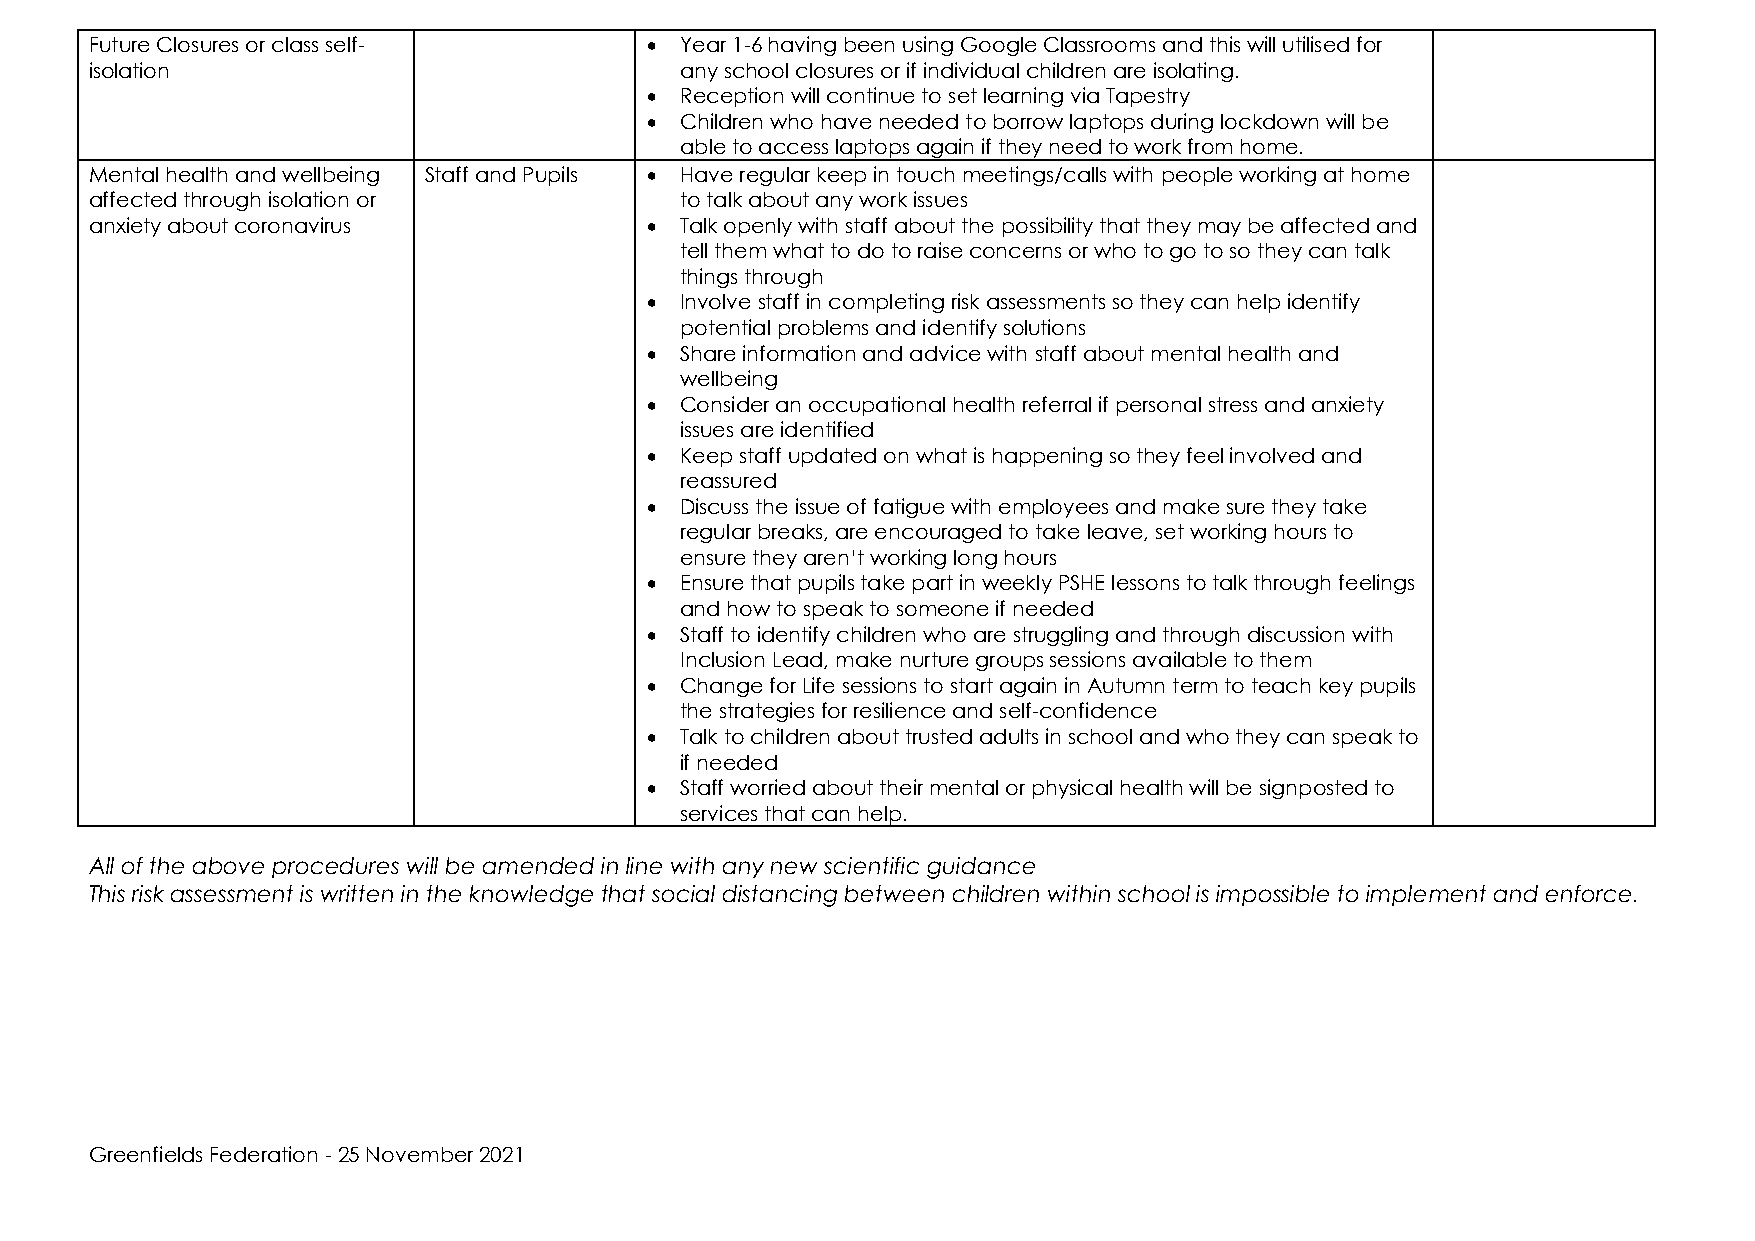
Future Closures or class self-       • Year 1-6 having been using Google Classrooms and this will utilised for
 isolation                              any school closures or if individual children are isolating.
 • Reception will continue to set learning via Tapestry
 • Children who have needed to borrow laptops during lockdown will be
 able to access laptops again if they need to work from home.
 Mental health and wellbeing Staff and Pupils • Have regular keep in touch meetings/calls with people working at home
 affected through isolation or          to talk about any work issues
 anxiety about coronavirus            • Talk openly with staff about the possibility that they may be affected and
 tell them what to do to raise concerns or who to go to so they can talk
 things through
 • Involve staff in completing risk assessments so they can help identify
 potential problems and identify solutions
 • Share information and advice with staff about mental health and
 wellbeing
 • Consider an occupational health referral if personal stress and anxiety
 issues are identified
 • Keep staff updated on what is happening so they feel involved and
 reassured
 • Discuss the issue of fatigue with employees and make sure they take
 regular breaks, are encouraged to take leave, set working hours to
 ensure they aren’t working long hours
 • Ensure that pupils take part in weekly PSHE lessons to talk through feelings
 and how to speak to someone if needed
 • Staff to identify children who are struggling and through discussion with
 Inclusion Lead, make nurture groups sessions available to them
 • Change for Life sessions to start again in Autumn term to teach key pupils
 the strategies for resilience and self-confidence
 • Talk to children about trusted adults in school and who they can speak to
 if needed
 • Staff worried about their mental or physical health will be signposted to
 services that can help.
 All of the above procedures will be amended in line with any new scientific guidance
 This risk assessment is written in the knowledge that social distancing between children within school is impossible to implement and enforce.
 Greenfields Federation - 25 November 2021